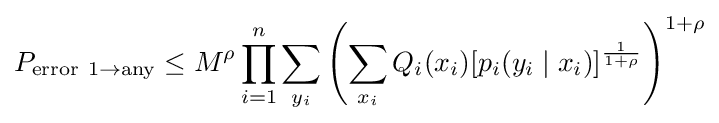
P_{\mathrm {error} \ 1\to \mathrm {any} }\leq M^{\rho }\prod _{i=1}^{n}\sum _{y_{i}}\left(\sum _{x_{i}}Q_{i}(x_{i})[p_{i}(y_{i}\mid x_{i})]^{\frac {1}{1+\rho }}\right)^{1+\rho }